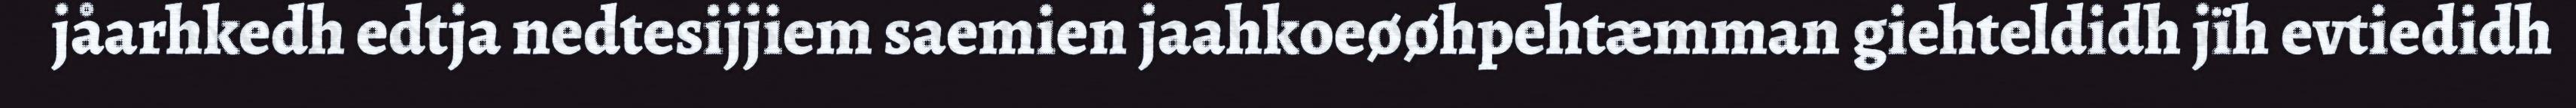
jåarhkedh edtja nedtesijjiem saemien jaahkoeøøhpehtæmman giehteldidh jïh evtiedidh